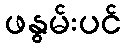
ဖနွမ်းပင်